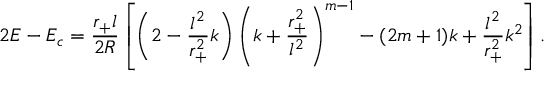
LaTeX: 2 E - E _ { c } = \frac { r _ { + } l } { 2 R } \left[ \left( 2 - \frac { l ^ { 2 } } { r _ { + } ^ { 2 } } k \right) \left( k + \frac { r _ { + } ^ { 2 } } { l ^ { 2 } } \right) ^ { m - 1 } - ( 2 m + 1 ) k + \frac { l ^ { 2 } } { r _ { + } ^ { 2 } } k ^ { 2 } \right] .